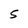
Character: S